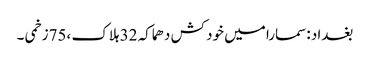
بغداد :سمارا میں خود کش دھماکہ 32 ہلاک ،75زخمی ۔